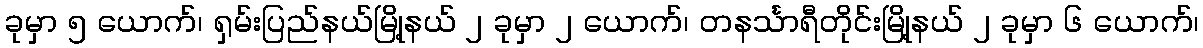
ခုမှာ ၅ ယောက်၊ ရှမ်းပြည်နယ်မြို့နယ် ၂ ခုမှာ ၂ ယောက်၊ တနင်္သာရီတိုင်းမြို့နယ် ၂ ခုမှာ ၆ ယောက်၊